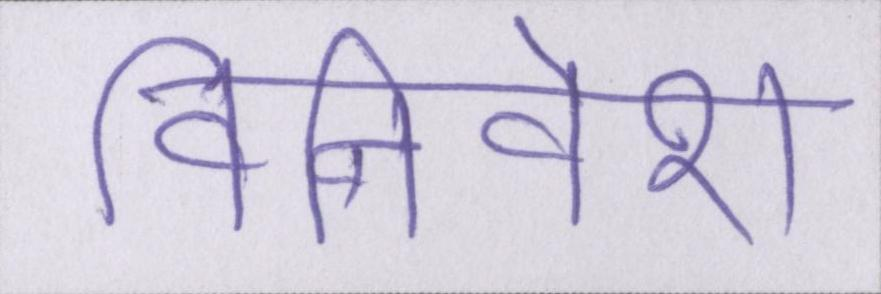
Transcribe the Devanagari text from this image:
विनिवेश